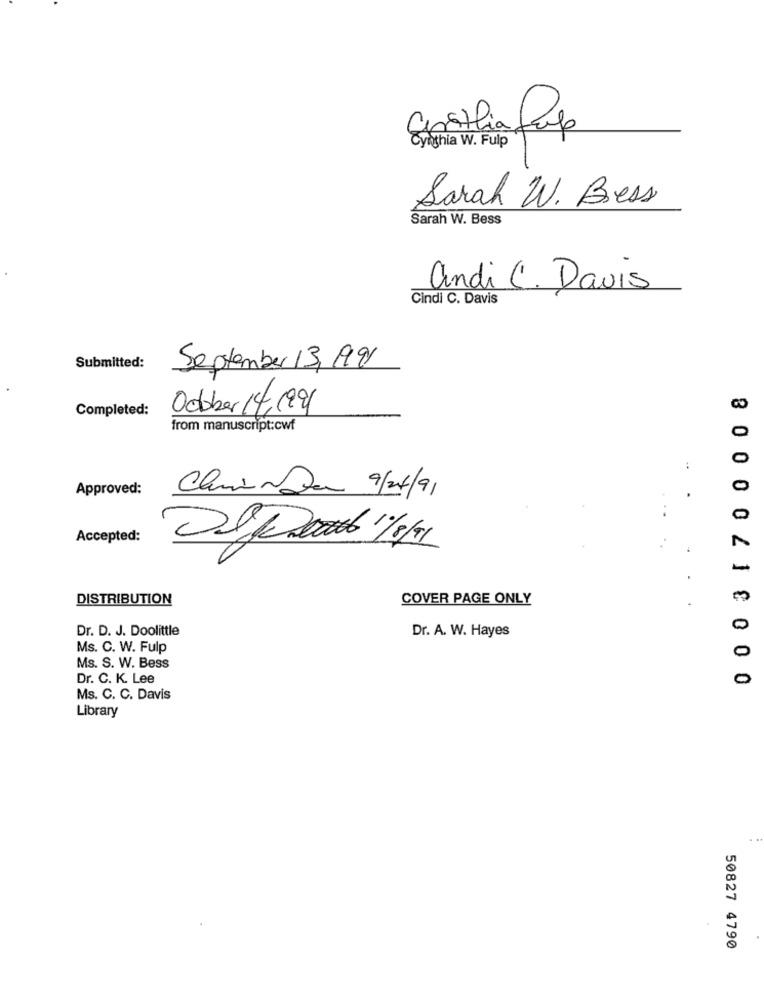
Cinthia Sup
Cynthia W. Fulp
Sarah W. Bress
Sarah W. Bess
andi C. Davis
Cindi C. Davis
Submitted:
September 13,199
0 0 03 1 7 00008
Completed:
Odber 14,199)
from manuscript:cwf
:
Approved:
Clarinda 9/04/91
Accepted:
DISTRIBUTION
COVER PAGE ONLY
Dr. D. J. Doolittle
Dr. A. W. Hayes
Ms. C. W. Fulp
Ms. S. W. Bess
Dr. C. K. Lee
Ms. C. C. Davis
Library
50827 4790